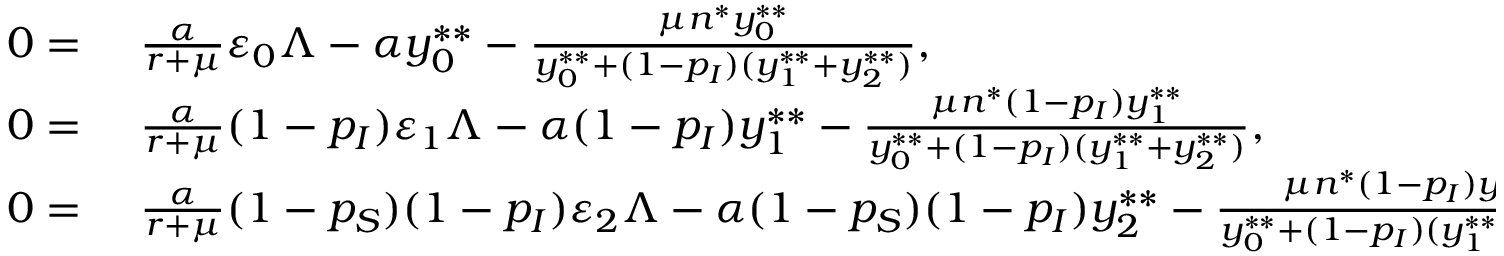
\begin{array} { r l } { 0 = } & { { } ~ \frac { \alpha } { r + \mu } \varepsilon _ { 0 } \Lambda - \alpha y _ { 0 } ^ { * * } - \frac { \mu n ^ { * } y _ { 0 } ^ { * * } } { y _ { 0 } ^ { * * } + ( 1 - p _ { I } ) ( y _ { 1 } ^ { * * } + y _ { 2 } ^ { * * } ) } , } \\ { 0 = } & { { } ~ \frac { \alpha } { r + \mu } ( 1 - p _ { I } ) \varepsilon _ { 1 } \Lambda - \alpha ( 1 - p _ { I } ) y _ { 1 } ^ { * * } - \frac { \mu n ^ { * } ( 1 - p _ { I } ) y _ { 1 } ^ { * * } } { y _ { 0 } ^ { * * } + ( 1 - p _ { I } ) ( y _ { 1 } ^ { * * } + y _ { 2 } ^ { * * } ) } , } \\ { 0 = } & { { } ~ \frac { \alpha } { r + \mu } ( 1 - p _ { S } ) ( 1 - p _ { I } ) \varepsilon _ { 2 } \Lambda - \alpha ( 1 - p _ { S } ) ( 1 - p _ { I } ) y _ { 2 } ^ { * * } - \frac { \mu n ^ { * } ( 1 - p _ { I } ) y _ { 2 } ^ { * * } } { y _ { 0 } ^ { * * } + ( 1 - p _ { I } ) ( y _ { 1 } ^ { * * } + y _ { 2 } ^ { * * } ) } . } \end{array}